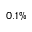
0 . 1 \%